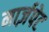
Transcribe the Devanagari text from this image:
मार्ज़पेट